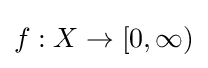
{\textstyle f:X\to [0,\infty )}